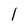
Character: 1